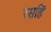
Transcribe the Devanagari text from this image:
रसहिं